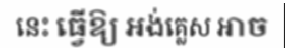
នេះ ធ្វើឱ្យ អង់គ្លេស អាច